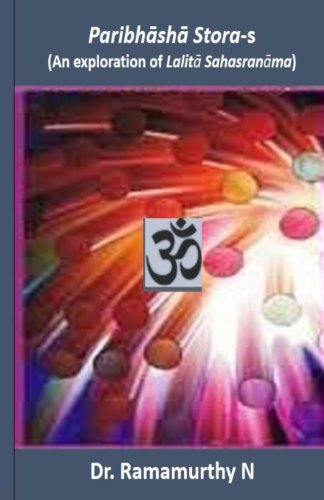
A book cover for Paribhasha Storas; Dr. Ramamurthy Natarajan; Religion & Spirituality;